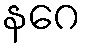
နဂေ